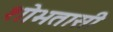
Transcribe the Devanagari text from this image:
शोभतासी